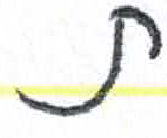
אות: ת